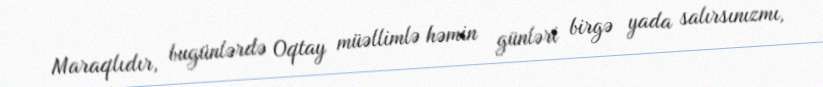
Maraqlıdır, bugünlərdə Oqtay müəllimlə həmin günləri birgə yada salırsınızmı,